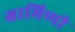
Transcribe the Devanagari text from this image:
ग्रामिणी